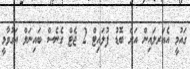
ގައުމީ އެއަރލައިން އަށް ބޮޑު ފުލައިޓް 2 ޖެޓް ގެނެސް ބައިނަލް އަގުވާމީ